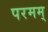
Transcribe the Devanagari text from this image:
परमम्